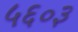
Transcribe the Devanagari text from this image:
५६०३